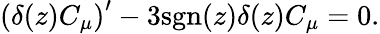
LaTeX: \left(\delta(z)C_{\mu}\right)^{\prime}-3\mathrm{sgn}(z)\delta(z)C_{\mu}=0.